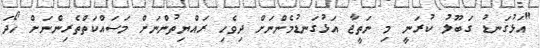
"އަޅުގަނޑު ގަބޫލު ކުރަނީ މި ނަތީޖާ އަޅުގަނޑުމެންނަށް ދިވެހި ރައްޔިތުންނަށް މަސައްކަތްތެރިންނަށް ހޯދަ